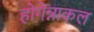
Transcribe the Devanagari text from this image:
होगेन्नाकल